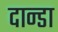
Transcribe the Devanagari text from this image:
दान्डा